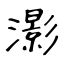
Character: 𤂖